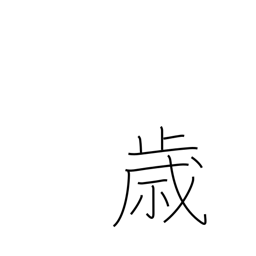
Meaning: opportunity